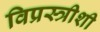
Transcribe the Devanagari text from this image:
विप्रस्त्रीशी